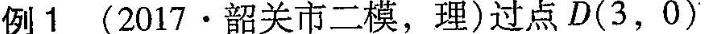
例1(2017·韶关市二模，理)过点D(3，0)